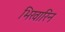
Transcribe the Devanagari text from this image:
भिखारिन